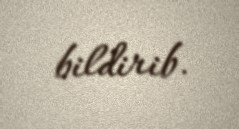
bildirib.